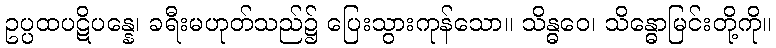
ဥပ္ပထပဋိပန္နေ၊ ခရီးမဟုတ်သည်၌ ပြေးသွားကုန်သော။ သိန္ဓဝေ၊ သိန္ဓောမြင်းတို့ကို။